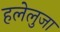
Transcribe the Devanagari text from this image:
हलेलुजा